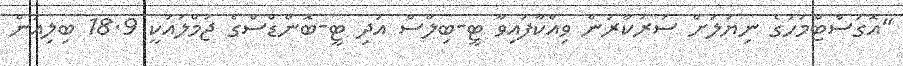
"އޮގަސްޓްމަހުގެ ނިޔަލަށް ސަރުކާރުން ވިއްކާފައިވާ ޓީ-ބިލްސް އަދި ޓީ-ބޮންޑްސްގެ ޖުމްލައަކީ 18.9 ބިލިއަން